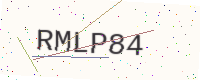
Text: RMLP84